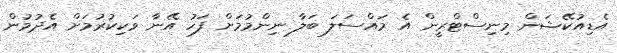
އެޑިއުކޭޝަން މިނިސްޓްރީން އެ މައްސަލަ ބަލާ ނިންމުމަށް ފަހު އޭނާ ވަކިކުރުމަށް އެދުމުން